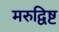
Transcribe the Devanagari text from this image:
मरुद्विष्ट